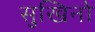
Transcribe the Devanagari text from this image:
सुखिनो